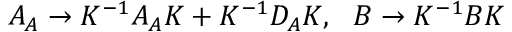
A _ { A } \to K ^ { - 1 } A _ { A } K + K ^ { - 1 } D _ { A } K , ~ ~ B \to K ^ { - 1 } B K